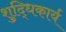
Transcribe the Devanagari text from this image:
शुद्धिकार्य